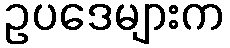
ဥပဒေများက